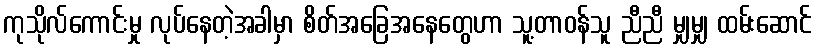
ကုသိုလ်ကောင်းမှု လုပ်နေတဲ့အခါမှာ စိတ်အခြေအနေတွေဟာ သူ့တာဝန်သူ ညီညီ မျှမျှ ထမ်းဆောင်